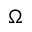
\Omega